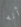
أنه